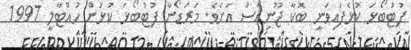
ފުޓުބޯޅަ ކުޅެފައިވަނީ ބޮކާ ޖޫނިއާސް އަށެވެ. މަރަޑޯނާ ފުޓުބޯޅަ ކުޅުން ހުއްޓާލީ 1997